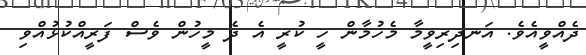
ދެއްވީއެވެ. އަނދިރިވީމާ މެހުމާން ހީ ކުރީ އެ ދެ މީހުން ވެސް ފަރީއްކުޅުއްވި